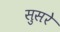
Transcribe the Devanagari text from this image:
सुसरे